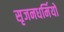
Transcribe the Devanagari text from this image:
सृजनधर्मियों